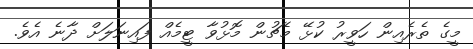
މީގެ ތެރެއިން ހަވީރު ކުޅޭ މެޗުން މޮޅުވާ ޓީމެއް ފައިނަލަށް ދާނެ އެވެ.